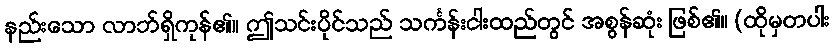
နည်းသော လာဘ်ရှိကုန်၏။ ဤသင်းပိုင်သည် သင်္ကန်းငါးထည်တွင် အစွန်ဆုံး ဖြစ်၏။ (ထိုမှတပါး